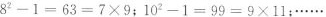
$$8^{2}-1=63=7×9$$；$$10^{2}-1=99=9×11$$；……